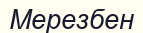
Мерезбен